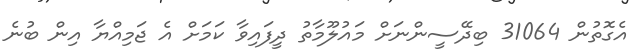
އެގޮތުން 31064 ބިދޭސީންނަށް މައުލޫމާތު ދީފައިވާ ކަމަށް އެ ޖަމިއްޔާ އިން ބުނެ